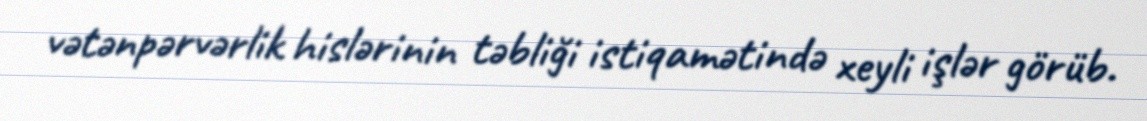
vətənpərvərlik hislərinin təbliği istiqamətində xeyli işlər görüb.